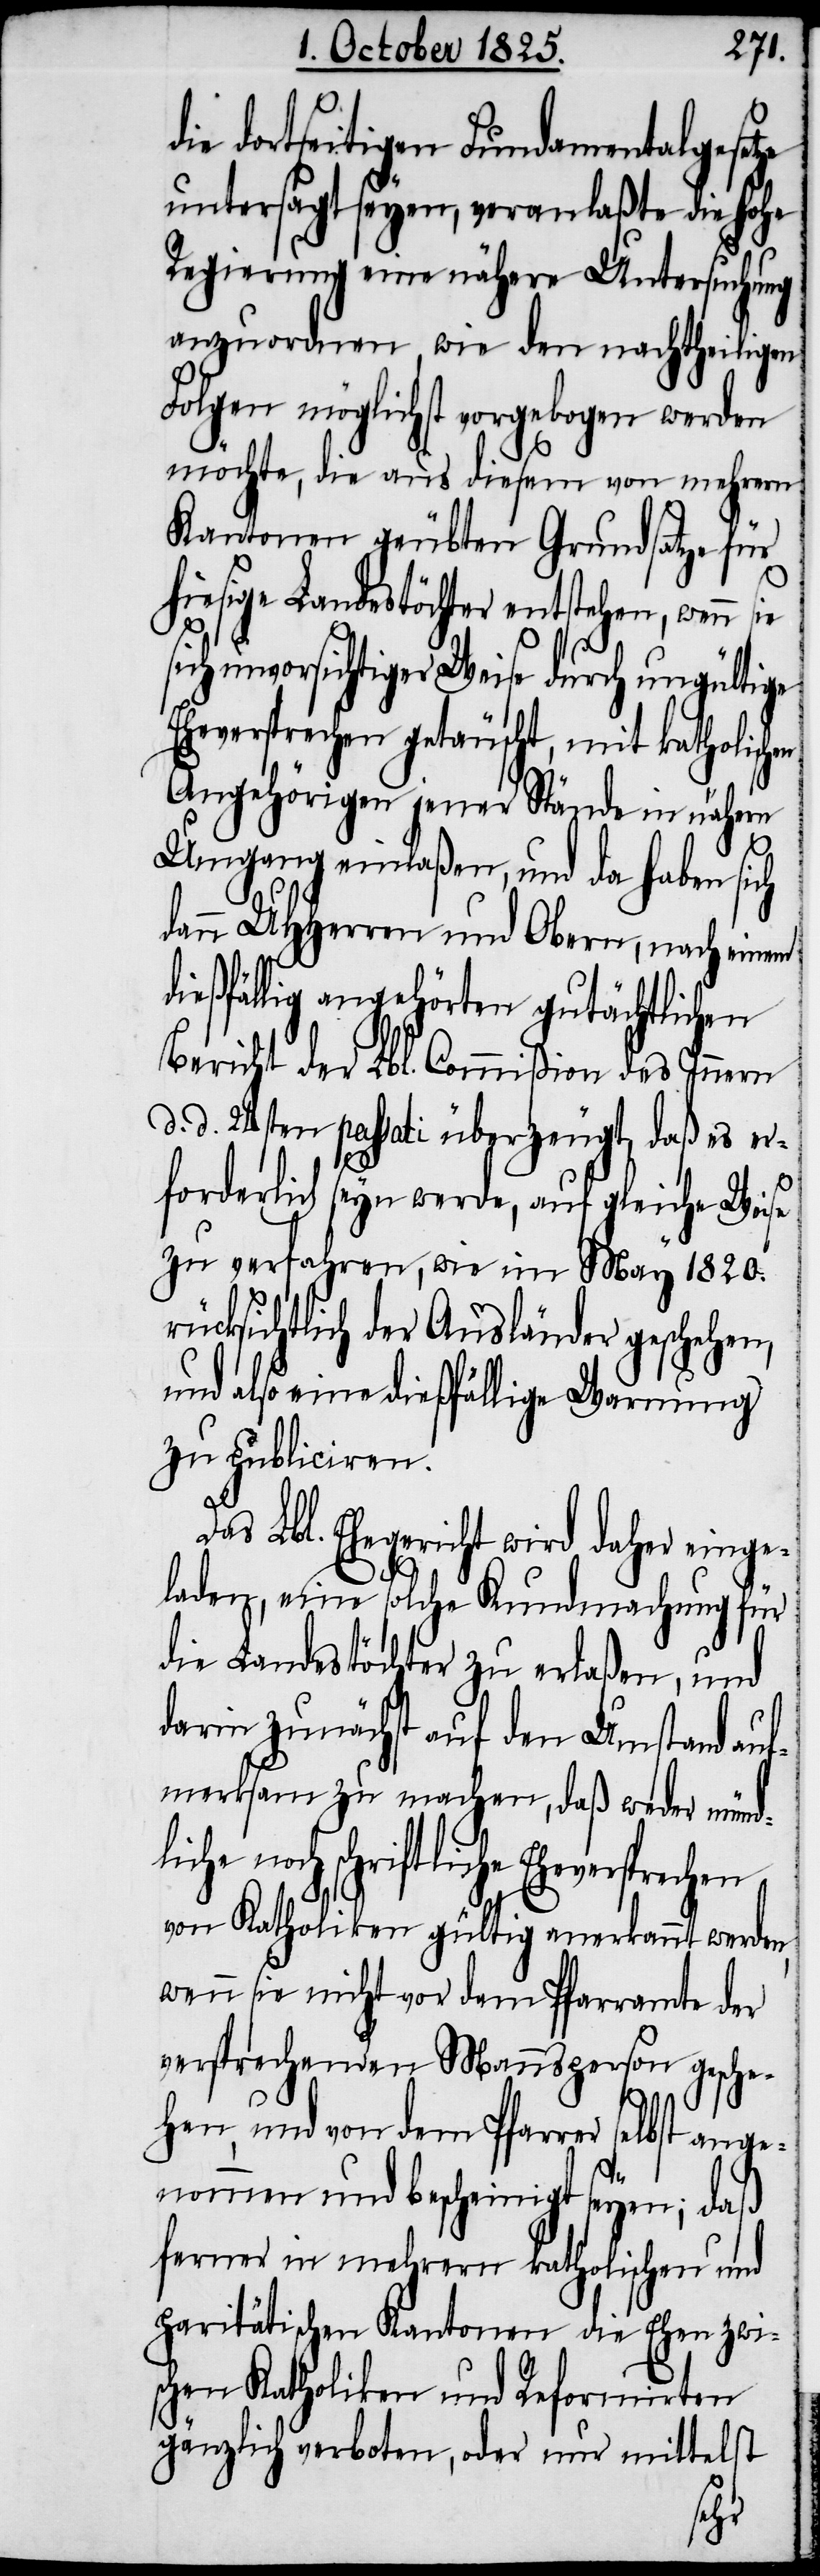
die dortseitigen Fundamentalgesetze
untersagt seyen, veranlaßte die hohe
Regierung eine nähere Untersuchung
anzuordnen, wie den nachtheiligen
Folgen möglichst vorgebogen werden
möchte, die aus diesem von mehrern
Kantonen geübten Grundsatze für
hiesige Landestöchter entstehen, wenn
sich unvorsichtiger Weise durch ungültige
Eheverspechen getäuscht, mit katholischen
Angehörigen jener Stände in nähern
Umgang einlaßen, und da haben sich
dann UHHerren und Obern, nach einem
dießfällig angehörten gutächtlichen
Bericht der Lbl. Commißion des Innern
d. d. 24sten passati überzeugt, daß es er¬
forderlich seyn werde, auf gleiche Weise
zu verfahren, wie im May 1820.
rücksichtlich der Ausländer geschehen,
und also eine dießfällige Warnung
zu publiciren.
Das Lbl. Ehegericht wird daher einge¬
laden, eine solche Kundmachung für
die Landestöchter zu erlaßen, und
darin zunächst auf den Umstand auf¬
merksam zu machen, daß weder münd¬
liche noch schriftliche
von Katholiken gültig anerkannt werden,
wenn sie nicht vor dem Pfarramte der
versprechenden Mannsperson gesche¬
hen und von dem Pfarrer selbst ange¬
nommen und bescheinigt seyen, daß
ferner in mehrern katholischen und
paritätischen Kantonen die Ehen zwi¬
schen Katholiken und Reformirten
gänzlich verboten, oder nur mittelst